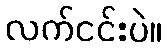
လက်ငင်းပဲ။